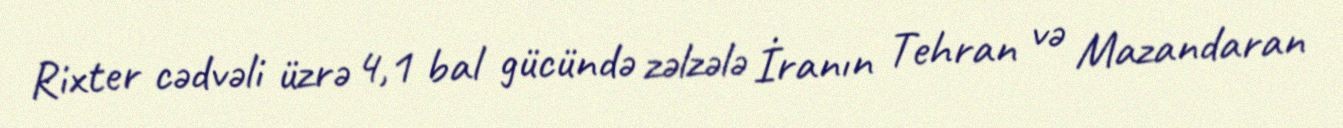
Rixter cədvəli üzrə 4,1 bal gücündə zəlzələ İranın Tehran və Mazandaran